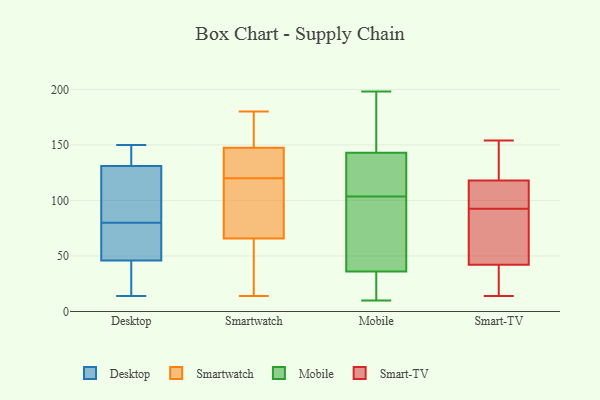
{"axis": {"x": "Budget (USD K)", "y": "Value"}, "legend": ["Desktop", "Mobile", "Smart-TV", "Smartwatch"], "data": [{"x": "", "y": 23, "type": "Desktop"}, {"x": "", "y": 65, "type": "Desktop"}, {"x": "", "y": 46, "type": "Desktop"}, {"x": "", "y": 49, "type": "Desktop"}, {"x": "", "y": 131, "type": "Desktop"}, {"x": "", "y": 95, "type": "Desktop"}, {"x": "", "y": 132, "type": "Desktop"}, {"x": "", "y": 14, "type": "Desktop"}, {"x": "", "y": 117, "type": "Desktop"}, {"x": "", "y": 150, "type": "Desktop"}, {"x": "", "y": 68, "type": "Smartwatch"}, {"x": "", "y": 14, "type": "Smartwatch"}, {"x": "", "y": 118, "type": "Smartwatch"}, {"x": "", "y": 19, "type": "Smartwatch"}, {"x": "", "y": 150, "type": "Smartwatch"}, {"x": "", "y": 140, "type": "Smartwatch"}, {"x": "", "y": 168, "type": "Smartwatch"}, {"x": "", "y": 137, "type": "Smartwatch"}, {"x": "", "y": 143, "type": "Smartwatch"}, {"x": "", "y": 65, "type": "Smartwatch"}, {"x": "", "y": 68, "type": "Smartwatch"}, {"x": "", "y": 44, "type": "Smartwatch"}, {"x": "", "y": 149, "type": "Smartwatch"}, {"x": "", "y": 180, "type": "Smartwatch"}, {"x": "", "y": 120, "type": "Smartwatch"}, {"x": "", "y": 22, "type": "Mobile"}, {"x": "", "y": 164, "type": "Mobile"}, {"x": "", "y": 128, "type": "Mobile"}, {"x": "", "y": 173, "type": "Mobile"}, {"x": "", "y": 89, "type": "Mobile"}, {"x": "", "y": 97, "type": "Mobile"}, {"x": "", "y": 100, "type": "Mobile"}, {"x": "", "y": 10, "type": "Mobile"}, {"x": "", "y": 32, "type": "Mobile"}, {"x": "", "y": 76, "type": "Mobile"}, {"x": "", "y": 40, "type": "Mobile"}, {"x": "", "y": 22, "type": "Mobile"}, {"x": "", "y": 133, "type": "Mobile"}, {"x": "", "y": 198, "type": "Mobile"}, {"x": "", "y": 141, "type": "Mobile"}, {"x": "", "y": 107, "type": "Mobile"}, {"x": "", "y": 136, "type": "Mobile"}, {"x": "", "y": 145, "type": "Mobile"}, {"x": "", "y": 194, "type": "Mobile"}, {"x": "", "y": 15, "type": "Mobile"}, {"x": "", "y": 101, "type": "Smart-TV"}, {"x": "", "y": 38, "type": "Smart-TV"}, {"x": "", "y": 71, "type": "Smart-TV"}, {"x": "", "y": 115, "type": "Smart-TV"}, {"x": "", "y": 42, "type": "Smart-TV"}, {"x": "", "y": 154, "type": "Smart-TV"}, {"x": "", "y": 114, "type": "Smart-TV"}, {"x": "", "y": 118, "type": "Smart-TV"}, {"x": "", "y": 22, "type": "Smart-TV"}, {"x": "", "y": 44, "type": "Smart-TV"}, {"x": "", "y": 84, "type": "Smart-TV"}, {"x": "", "y": 134, "type": "Smart-TV"}, {"x": "", "y": 14, "type": "Smart-TV"}, {"x": "", "y": 122, "type": "Smart-TV"}]}